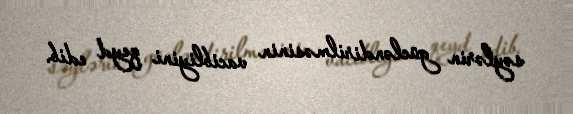
səylərin gücləndirilməsinin vacibliyini qeyd edib.